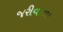
જરીવાળા